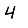
Digit: 4